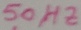
Text: 50HZ